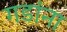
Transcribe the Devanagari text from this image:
गडांना